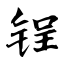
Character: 锃